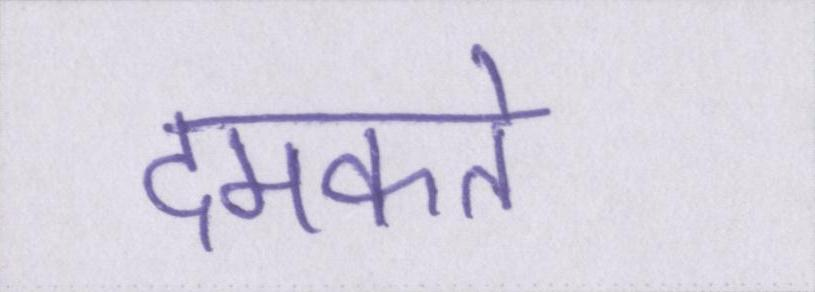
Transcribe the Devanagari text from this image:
दमकते